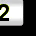
Digit: 2